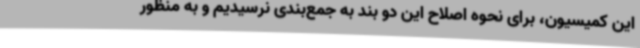
این کمیسیون، برای نحوه اصلاح این دو بند به جمع‌بندی نرسیدیم و به منظور